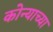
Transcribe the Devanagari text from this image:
कोन्याच्या